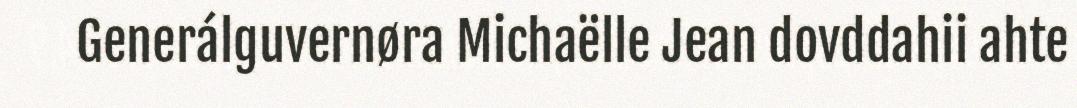
Generálguvernøra Michaëlle Jean dovddahii ahte